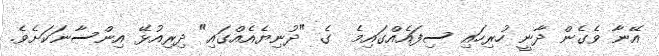
އޭނާ ވެގެން ދާނީ ހުރިހައި ސިފައެއްގައިމެ  ގެ "ދުނިޔެއެއްގައި" ދިރިއުޅޭ އިންސާނަކަށެވެ.